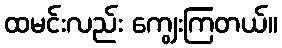
ထမင်းလည်း ကျွေးကြတယ်။